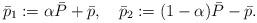
LaTeX: \begin{align*}\bar{p}_{1} := \alpha \bar{P} + \bar{p} , \quad \bar{p}_{2} := (1-\alpha) \bar{P} - \bar{p}.\end{align*}